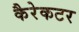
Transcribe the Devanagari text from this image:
कैरेकटर